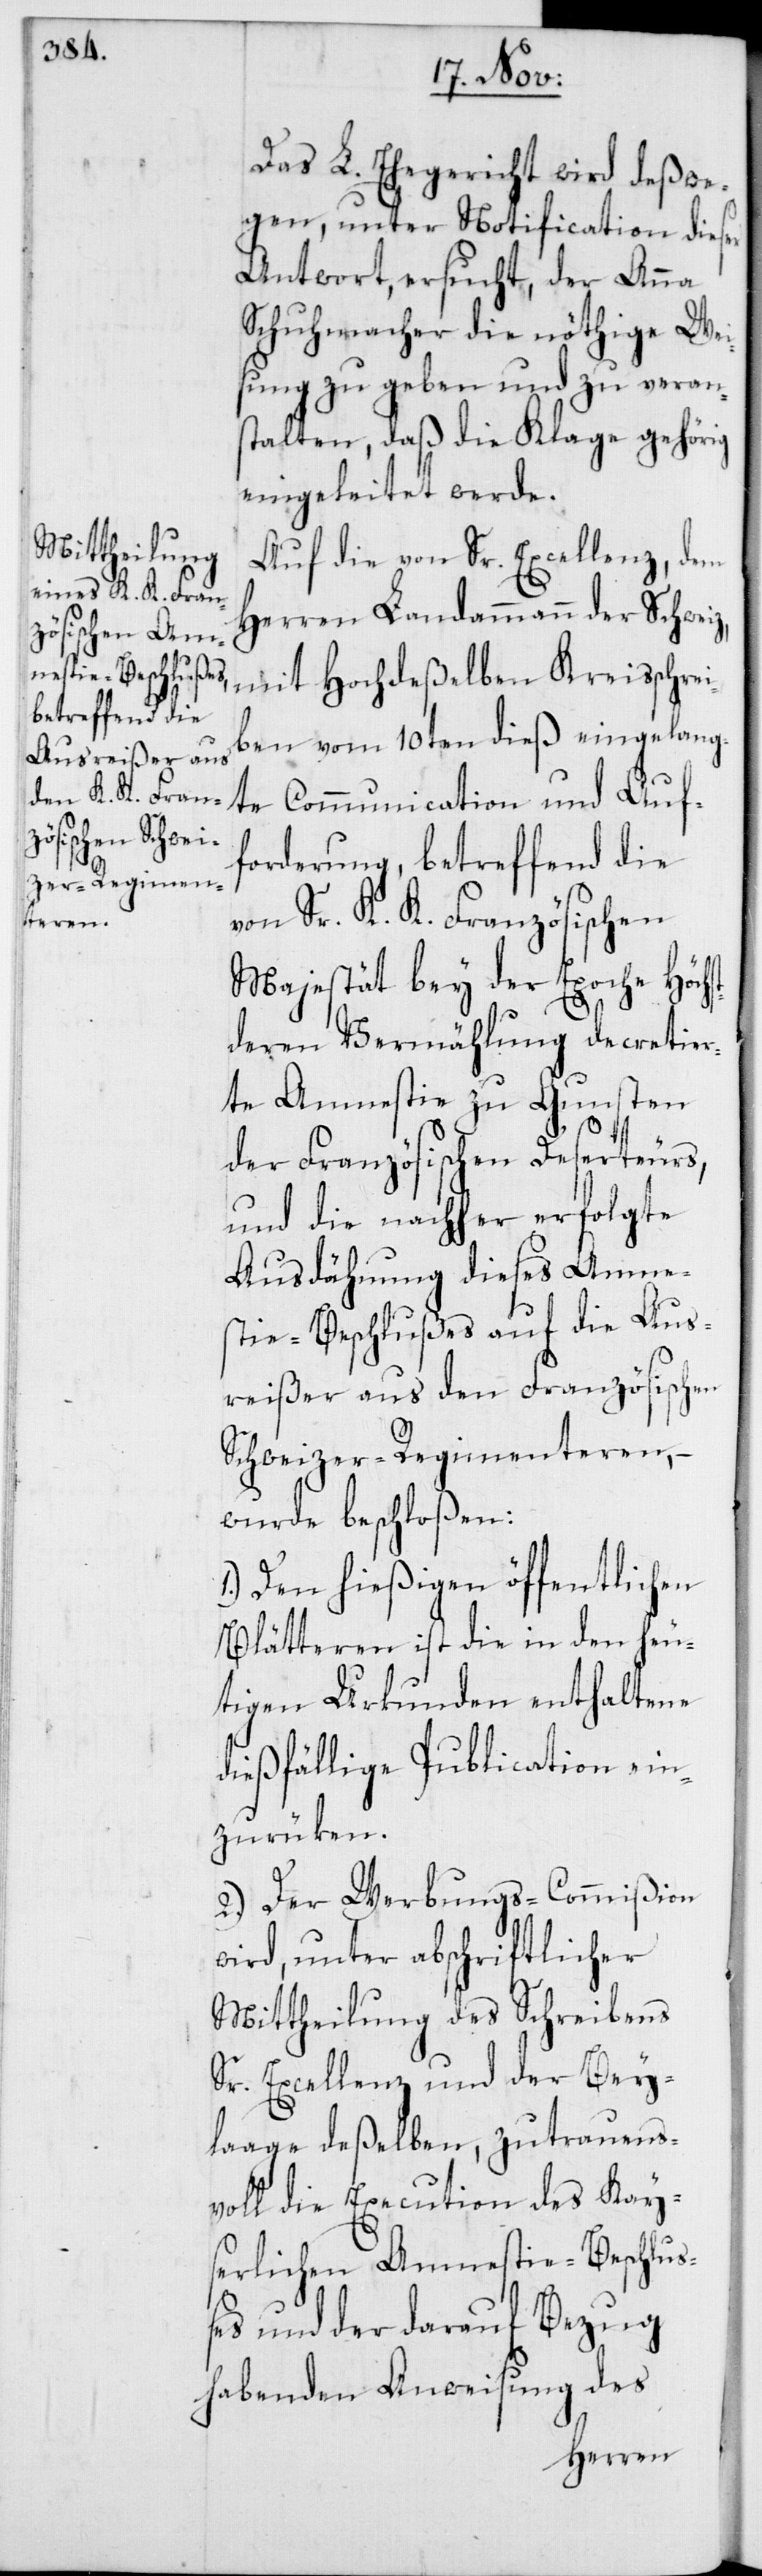
Das L. Ehegericht wird deßwe¬
gen, unter Notification dieser
Antwort, ersucht, der Anna
Schuhmacher die nöthige Wei¬
sung zu geben und zu verans¬
talten, daß die Klage gehörig
eingeleitet werde.
Auf die von Sr. Excellenz, dem
Herren Landammann der Schweiz,
mit Hochdeßelben Kreisschre¬
iben vom 10ten dieß eingelang¬
te Communication und Auf¬
forderung, betreffend die
von Sr. K. K. Französischen
Majestät bey der Epoche Höchs¬
tderen Vermählung decretier¬
te Amnestie zu Gunsten
der Französischen Deserteurs,
und die nachher erfolgte
Ausdähnung dieses Amne¬
stie-Beschlußes auf die Aus¬
reißer aus den Französischen
Schweizer-Regimenteren, –
wurde beschloßen:
1. Den hießigen öffentlichen
Blätteren ist die in den heu¬
tigen Urkunden enthaltene
dießfällige Publication ein¬
zurüken.
2. Der Werbungs-Commißion
wird, unter abschriftlicher
Mittheilung des Schreibens
Sr. Excellenz und der Bey¬
laage deßelben, zutrauens¬
voll die Execution des Kay¬
serlichen Amnestie-Beschluß¬
es und der darauf Bezug
habenden Anweisung des